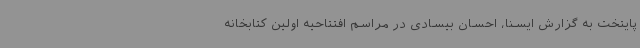
پایتخت به گزارش ایسنا، احسان بیسادی در مراسم افتتاحیه اولین کتابخانه